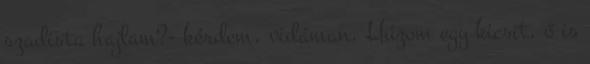
szadista hajlam?- kérdem, vidáman. Húzom egy kicsit, ő is